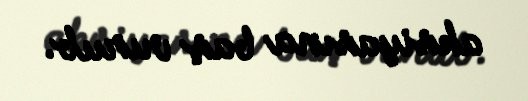
aksiyasına baş vurub.